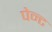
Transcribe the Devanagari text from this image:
पेन्‍ट